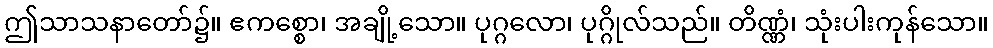
ဤသာသနာတော်၌။ ဧကစ္စော၊ အချို့သော။ ပုဂ္ဂလော၊ ပုဂ္ဂိုလ်သည်။ တိဏ္ဏံ၊ သုံးပါးကုန်သော။